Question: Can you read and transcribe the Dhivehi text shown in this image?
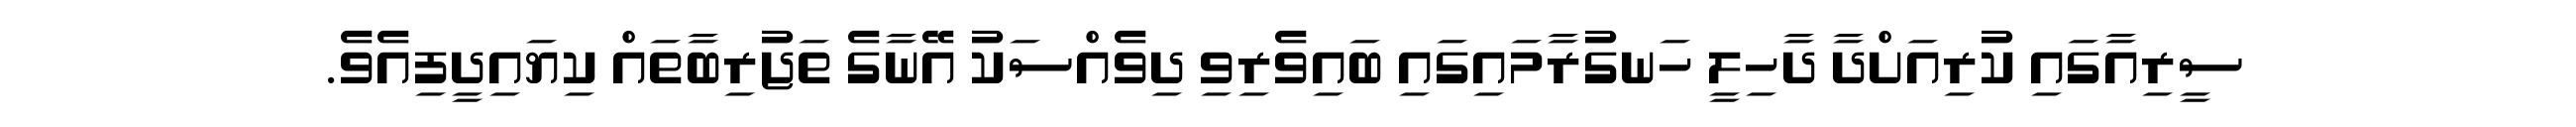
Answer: ސީރިއާގައި ކުރިއަށްދާ ދާހިލީ ހަނގުރާމައިގައި ބައިވެރިވި ދިވެއްސަކު އޭނާގެ ތަޖުރިބާތައް ކިޔައިދީފިއެވެ.